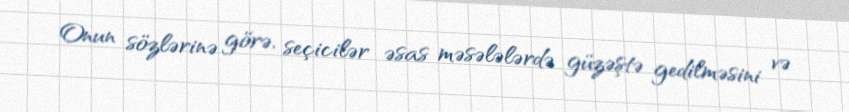
Onun sözlərinə görə, seçicilər əsas məsələlərdə güzəştə gedilməsini və